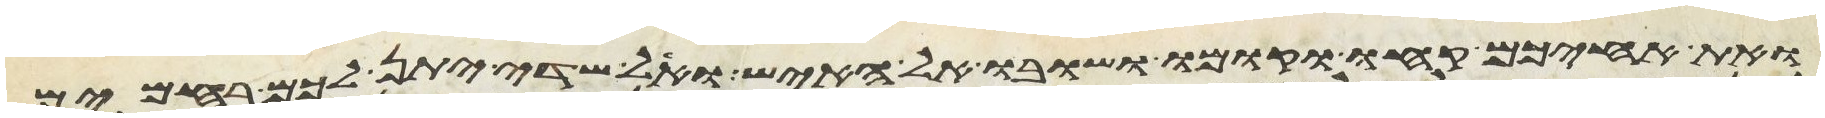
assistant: ואת אחיכם קחו וקומו ושובו אל האיש ואל שדי יתן לכם רחמים